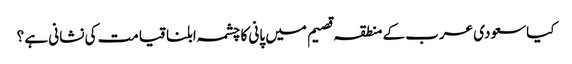
کیاسعودی عرب کے منطقہ قصیم میں پانی کا چشمہ ابلنا قیامت کی نشانی ہے ؟